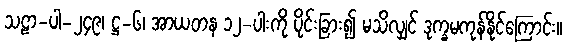
သဠာ-ပါ-၂၄၉၊ ဋ္ဌ-၆၊ အာယတန ၁၂-ပါးကို ပိုင်းခြား၍ မသိလျှင် ဒုက္ခမကုန်နိုင်ကြောင်း။